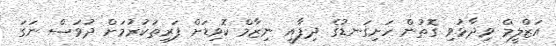
އަޒްލީމް ވިދާޅުވި ގޮތުން ހަށިގަނޑުގެ ދިފާއީ ނިޒާމް ކޮވިޑަށް ފަރިތަކުރުމަށް ދުވަސް ނަގަ